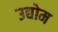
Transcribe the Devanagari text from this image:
उद्योम